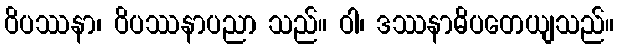
ဝိပဿနာ၊ ဝိပဿနာပညာ သည်။ ဝါ၊ ဒဿနာဓိပတေယျသည်။